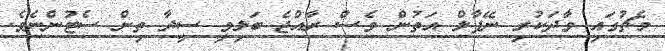
މެޗުގައި ވާދަކުރި ނޭޕާލް އަތުން ވެސް ރާއްޖެ ބަލިވީ ސީދާ ތިން ސެޓުންނެވެ.